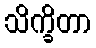
သိက္ခိတာ